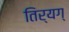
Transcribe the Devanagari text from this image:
तिर्यग्